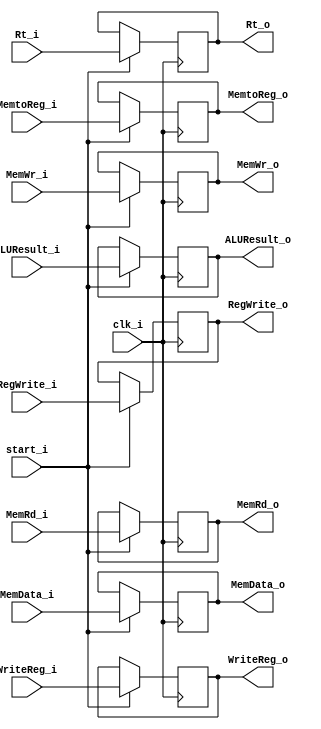
module EX_MEM (
    clk_i, start_i,

    MemRd_i, MemWr_i, MemtoReg_i, RegWrite_i, ALUResult_i, MemData_i, WriteReg_i, Rt_i,
    
    MemRd_o, MemWr_o, MemtoReg_o, RegWrite_o, ALUResult_o, MemData_o, WriteReg_o, Rt_o
);

input           clk_i, start_i;

input           MemRd_i, MemWr_i, MemtoReg_i, RegWrite_i;
input  [31:0]   ALUResult_i, MemData_i;
input  [4:0]    WriteReg_i, Rt_i;

output          MemRd_o, MemWr_o, MemtoReg_o, RegWrite_o;
output [31:0]   ALUResult_o, MemData_o;
output [4:0]    WriteReg_o, Rt_o;

reg             MemRd  , MemWr  , MemtoReg  , RegWrite  ; 
reg    [31:0]   ALUResult  , MemData  ;
reg    [4:0]    WriteReg  , Rt  ;

assign MemRd_o = MemRd;
assign MemWr_o = MemWr;
assign MemtoReg_o = MemtoReg;
assign RegWrite_o = RegWrite;
assign ALUResult_o = ALUResult;
assign MemData_o = MemData;
assign WriteReg_o = WriteReg;
assign Rt_o = Rt;

always @(posedge clk_i) begin
    if (start_i) begin
        MemRd <= MemRd_i;
        MemWr <= MemWr_i;
        MemtoReg <= MemtoReg_i;
        RegWrite <= RegWrite_i;
        ALUResult <= ALUResult_i;
        Rt <= Rt_i;
        WriteReg <= WriteReg_i;
        MemData <= MemData_i;
    end
end

endmodule